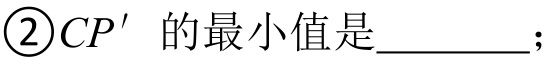
\textcircled{2}\(CP'\) 的最小值是________；